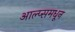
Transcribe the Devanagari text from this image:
आल्प्समधून